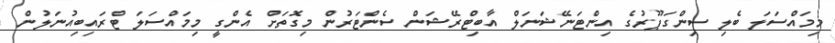
މިމައްސަލަ ބެލި ސިންގަޕޫރުގެ އިންޓަނޭޝަނަލް އާބިޓްރޭޝަން ސެންޓަރުން މިގޮތަށް އެންގީ މިމައްސަލަ ޓްރައިބިއުނަލުން